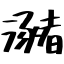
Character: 瀦